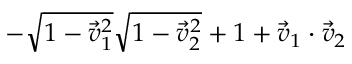
- \sqrt { 1 - { \vec { v } _ { 1 } } ^ { 2 } } \sqrt { 1 - { \vec { v } _ { 2 } } ^ { 2 } } + 1 + \vec { v } _ { 1 } \cdot \vec { v } _ { 2 }